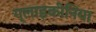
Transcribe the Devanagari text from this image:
ग्लाइकीनिया